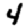
Digit: 4